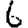
Digit: 6